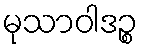
မုသာဝါဒဉ္စ